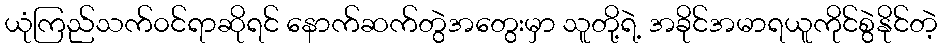
ယုံကြည်သက်၀င်ရာဆိုရင် နောက်ဆက်တွဲအတွေးမှာ သူတို့ရဲ့ အခိုင်အမာရယူကိုင်စွဲနိုင်တဲ့